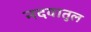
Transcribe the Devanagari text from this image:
नदवातुल